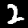
Label: 2